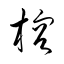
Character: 榕